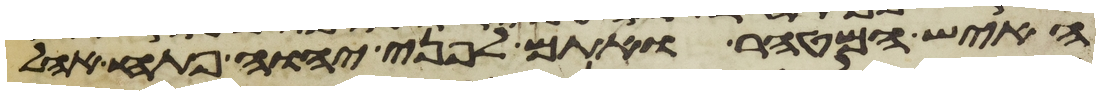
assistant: האיש המטהר ואתם לפני יהוה פתח אהל